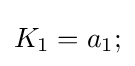
K_{1}=a_{1};